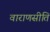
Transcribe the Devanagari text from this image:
वाराणसीति